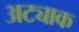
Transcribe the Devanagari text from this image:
अट्याक